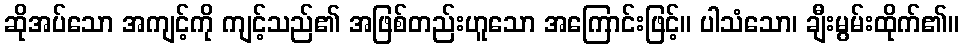
ဆိုအပ်သော အကျင့်ကို ကျင့်သည်၏ အဖြစ်တည်းဟူသော အကြောင်းဖြင့်။ ပါသံသော၊ ချီးမွမ်းထိုက်၏။